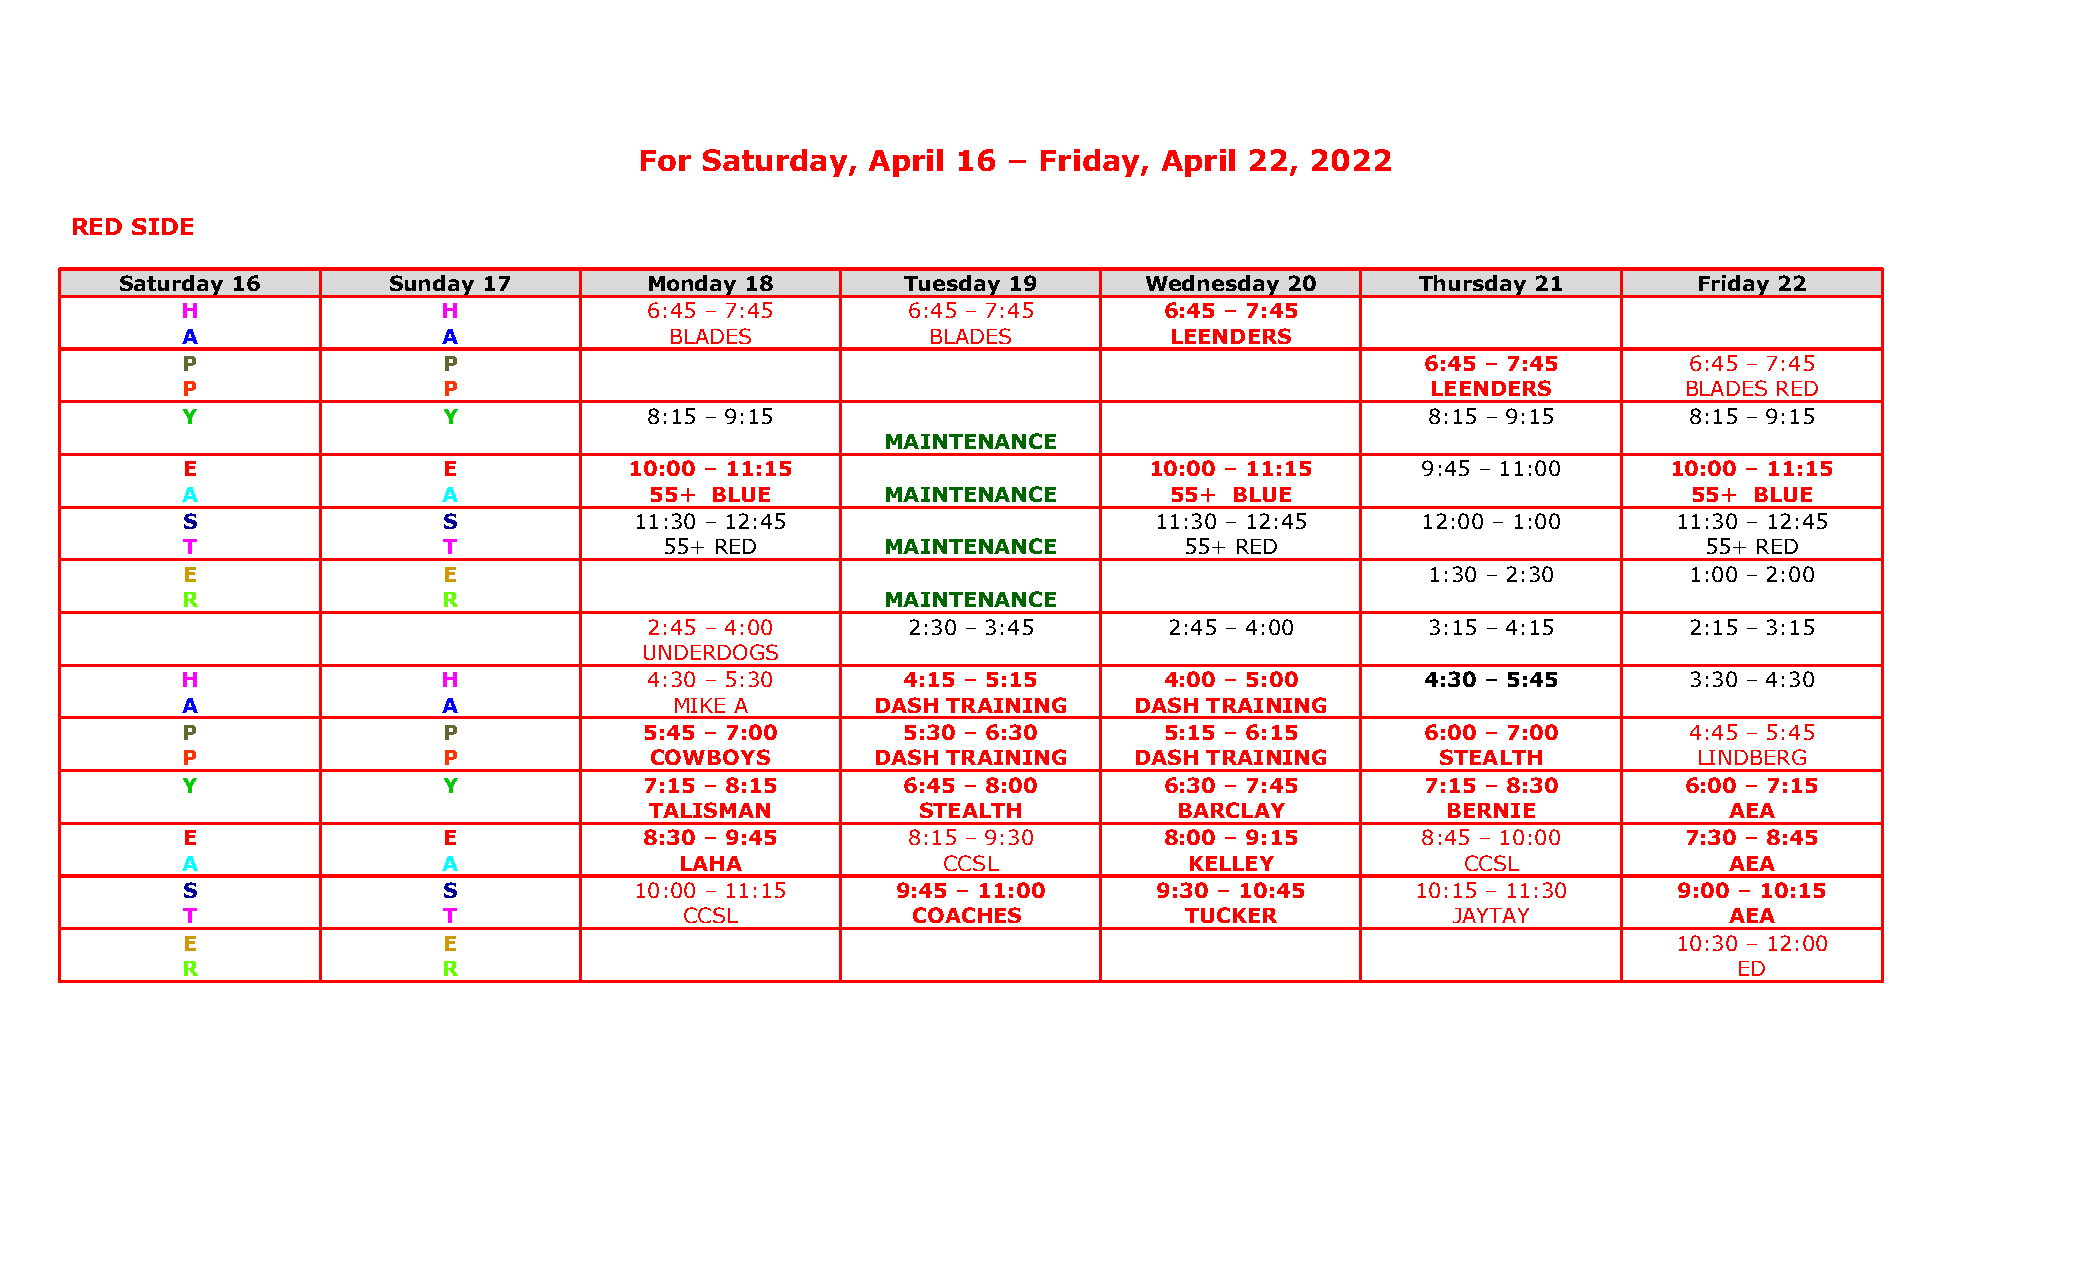
For Saturday,   April 16 – Friday, April 22, 2022
 RED SIDE
 Saturday 16       Sunday 17        Monday 18        Tuesday 19      Wednesday 20      Thursday 21       Friday 22
 H                H             6:45 – 7:45      6:45 – 7:45      6:45 – 7:45
 A                A              BLADES            BLADES         LEENDERS
 P                P                                                                6:45 – 7:45       6:45 – 7:45
 P                P                                                                 LEENDERS         BLADES RED
 Y                Y             8:15 – 9:15                                         8:15 – 9:15      8:15 – 9:15
 MAINTENANCE
 E                E            10:00 – 11:15                     10:00 – 11:15     9:45 – 11:00     10:00 – 11:15
 A                A             55+ BLUE        MAINTENANCE       55+  BLUE                          55+ BLUE
 S                S            11:30 – 12:45                     11:30 – 12:45     12:00 – 1:00     11:30 – 12:45
 T                T              55+ RED        MAINTENANCE        55+ RED                            55+ RED
 E                E                                                                 1:30 – 2:30      1:00 – 2:00
 R                R                             MAINTENANCE
 2:45 – 4:00      2:30 – 3:45      2:45 – 4:00       3:15 – 4:15      2:15 – 3:15
 UNDERDOGS
 H                H             4:30 – 5:30      4:15 – 5:15      4:00 – 5:00      4:30 – 5:45       3:30 – 4:30
 A                A               MIKE A       DASH TRAINING    DASH TRAINING
 P                P             5:45 – 7:00      5:30 – 6:30      5:15 – 6:15      6:00 – 7:00       4:45 – 5:45
 P                P             COWBOYS        DASH TRAINING    DASH TRAINING       STEALTH          LINDBERG
 Y                Y             7:15 – 8:15      6:45 – 8:00      6:30 – 7:45      7:15 – 8:30       6:00 – 7:15
 TALISMAN          STEALTH          BARCLAY           BERNIE            AEA
 E                E             8:30 – 9:45      8:15 – 9:30      8:00 – 9:15      8:45 – 10:00      7:30 – 8:45
 A                A               LAHA             CCSL             KELLEY            CCSL             AEA
 S                S            10:00 – 11:15    9:45 – 11:00      9:30 – 10:45     10:15 – 11:30    9:00 – 10:15
 T                T               CCSL           COACHES           TUCKER            JAYTAY            AEA
 E                E                                                                                 10:30 – 12:00
 R                R                                                                                     ED